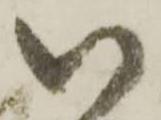
い